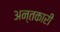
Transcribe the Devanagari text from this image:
अन्तकारी